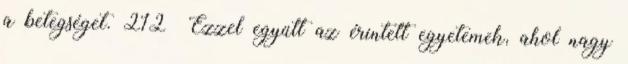
a betegséget. 212 Ezzel együtt az érintett egyetemek, ahol nagy